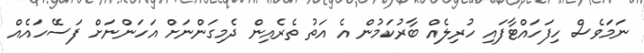
ނަމަވެސް ހިފަހައްޓާފައި ހުރިލެއް ބާރުކަމުން އެ އަތު ތެރެއިން ދެމިގަންނަށް އަހަންނަށް ފަސޭހައެއް